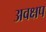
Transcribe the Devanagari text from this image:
अवक्षप